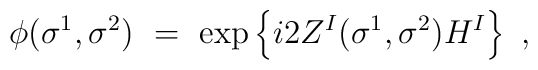
\phi(\sigma^1,\sigma^2)\ =\ \exp \left\{         i2Z^I(\sigma^1,\sigma^2) H^I \right\}\ ,